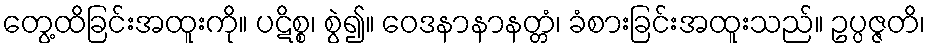
တွေ့ထိခြင်းအထူးကို။ ပဋိစ္စ၊ စွဲ၍။ ဝေဒနာနာနတ္တံ၊ ခံစားခြင်းအထူးသည်။ ဥပ္ပဇ္ဇတိ၊